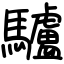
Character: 驢